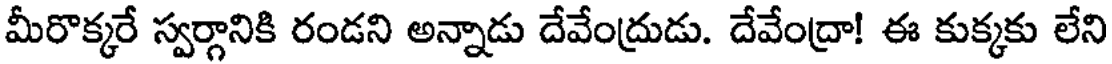
మీరొక్కరే స్వర్గానికి రండని అన్నాడు దేవేంద్రుడు. దేవేంద్రా! ఈ కుక్కకు లేని